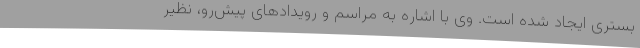
بستری ایجاد شده است‌. وی با اشاره به مراسم و رویدادهای پیش‌رو، نظیر